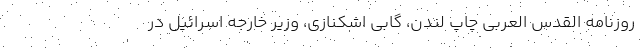
روزنامه‌ القدس العربی چاپ لندن، گابی اشکنازی، وزیر خارجه اسرائیل در